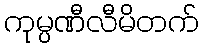
ကုမ္ပဏီလီမိတက်